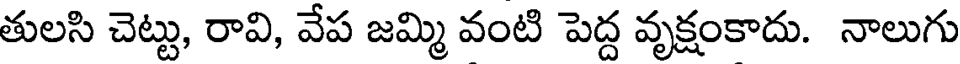
తులసి చెట్టు, రావి, వేప జమ్మి వంటి పెద్ద వృక్షంకాదు. నాలుగు